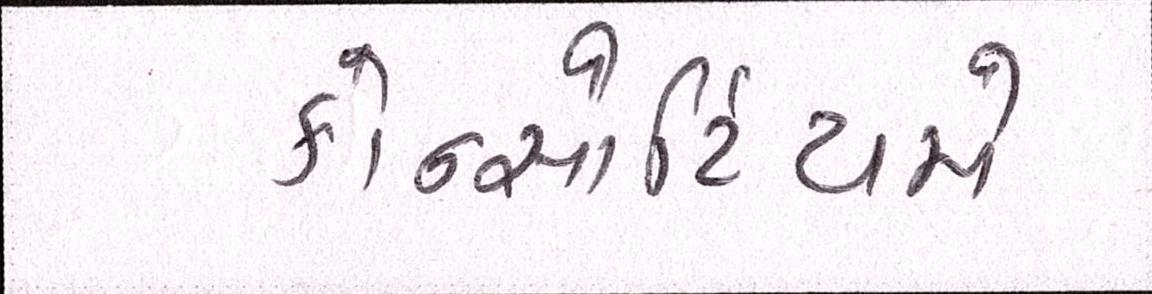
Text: કોન્સોર્ટિયમે